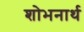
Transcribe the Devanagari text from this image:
शोभनार्थ